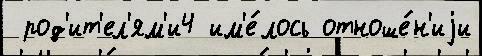
 род'ит'ел'ям'и4 им'е́лось отноше́н'иjи